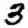
Digit: 3